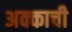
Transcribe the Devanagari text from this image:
अक्काची